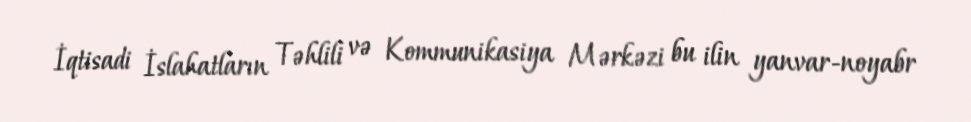
İqtisadi İslahatların Təhlili və Kommunikasiya Mərkəzi bu ilin yanvar-noyabr